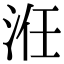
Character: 㳝